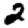
Digit: 2